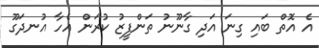
އެ އޮތް ބައި ގިނަ އަދި ގާނޫނު ތަންފީޒު ކުރަން އެހާ އުނދަގޫ